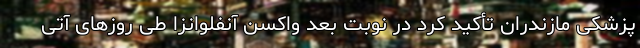
پزشکی مازندران تأکید کرد در نوبت بعد واکسن آنفلوانزا طی روزهای آتی